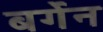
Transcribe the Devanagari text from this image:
बर्गेन